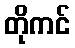
တိုကင်